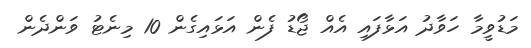
މަޑުވީމާ ހަވާދު އަޅާފައި އެއް ޖޯޑު ފެން އަޅައިގެން 10 މިނެޓު ވަންދެން